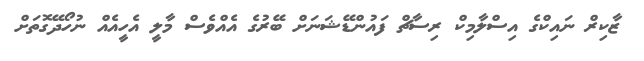
ޒާކިރް ނައިކްގެ އިސްލާމިކް ރިސާޗް ފައުންޑޭޝަނަށް ބޭރުގެ އެއްވެސް މާލީ އެހީއެއް ނުހޯދޭގޮތަށް